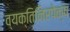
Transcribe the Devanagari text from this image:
व्यक्तिनिरपेक्ष